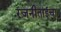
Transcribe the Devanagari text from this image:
रजनीताईचा